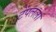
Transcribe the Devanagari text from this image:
टेंपलला